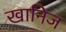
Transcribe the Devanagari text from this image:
खानिज